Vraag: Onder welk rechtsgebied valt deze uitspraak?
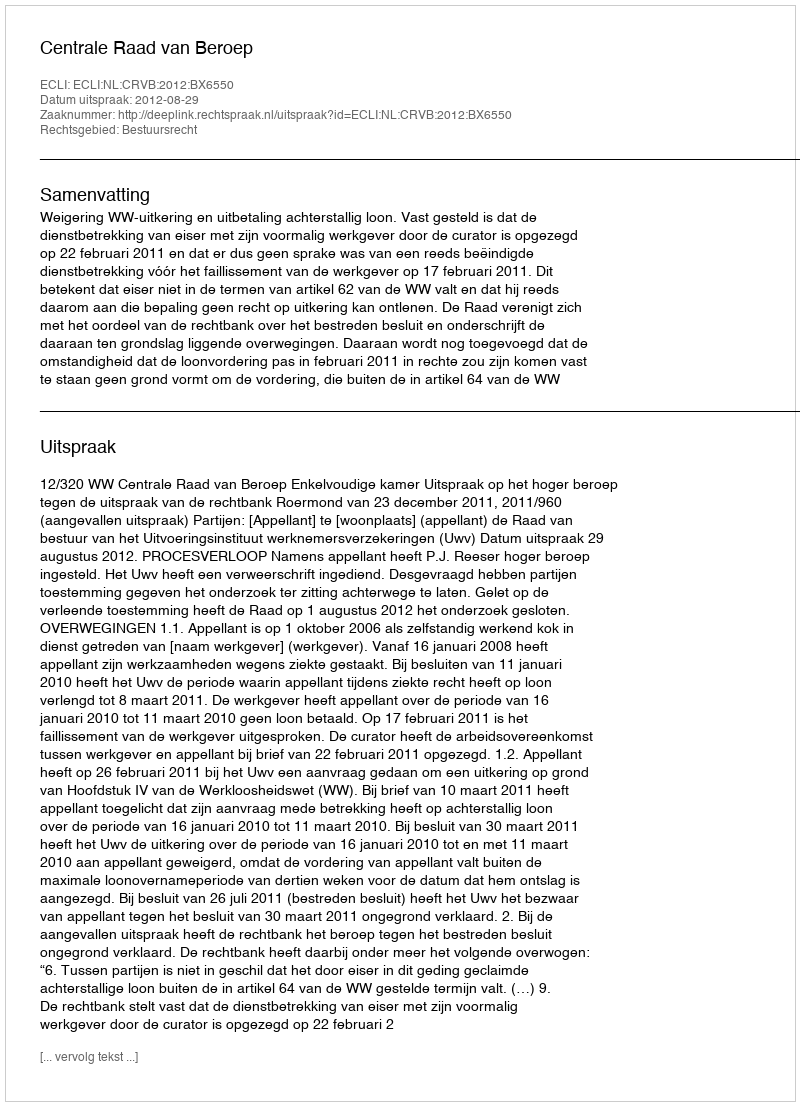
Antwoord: Bestuursrecht